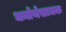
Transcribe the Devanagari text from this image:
धर्मार्थसाधक